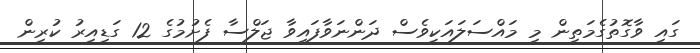
ގައި ވާގޮތުގެމަތިން މި މައްސަލައަކީވެސް ދަންނަވާފައިވާ ޖަލްސާ ފެށުމުގެ 12 ގަޑިއިރު ކުރިން